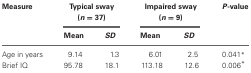
<table><thead><tr><td><b>Measure</b></td><td colspan="2"><b>Typical sway (<i>n</i> = 37)</b></td><td colspan="2"><b>Impaired sway (<i>n</i> = 9)</b></td><td><b><i>P</i>-value</b></td></tr><tr><td></td><td><b>Mean</b></td><td><b><i>SD</i></b></td><td><b>Mean</b></td><td><b><i>SD</i></b></td><td></td></tr></thead><tbody><tr><td>Age in years</td><td>9.14</td><td>1.3</td><td>6.01</td><td>2.5</td><td>0.041<sup>*</sup></td></tr><tr><td>Brief IQ</td><td>95.78</td><td>18.1</td><td>113.18</td><td>12.6</td><td>0.006<sup>*</sup></td></tr></tbody></table>